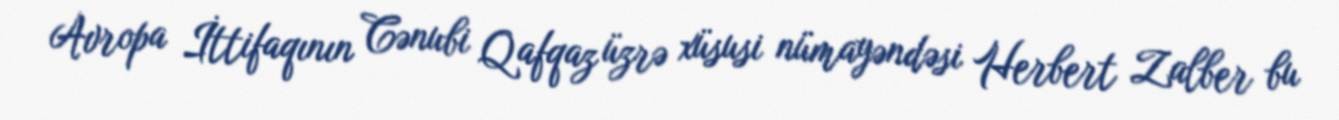
Avropa İttifaqının Cənubi Qafqaz üzrə xüsusi nümayəndəsi Herbert Zalber bu